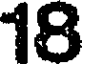
18